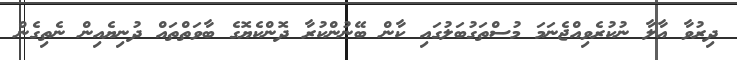
ދިރުވާ އާލާ ނުކުރެވިއްޖެނަމަ މުސްތަގުބަލުގައި ކާން ބޭނުންކުރާ ދޮންކެޔޮގެ ބާވަތްތައް ދުނިޔެއިން ނެތިގެން